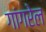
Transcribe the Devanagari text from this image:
गांगरेल